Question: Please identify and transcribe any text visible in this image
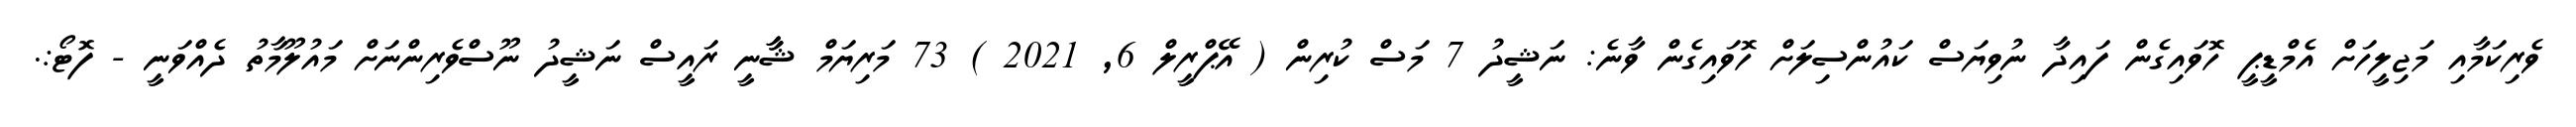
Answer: ވެރިކަމާއި މަޖިލީހަށް އެމްޑީޕީ ހޮވައިގެން ފައިދާ ނުވިޔަސް ކައުންސިލަށް ހޮވައިގެން ވާނެ: ނަޝީދު 7 މަސް ކުރިން ( އޭޕްރީލް 6, 2021 ) 73 މަރިޔަމް ޝާާނީ ރައީސް ނަޝީދު ނޫސްވެރިންނަށް މައުލޫމާތު ދެއްވަނީ - ފޮޓޯ:.